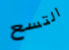
التسع